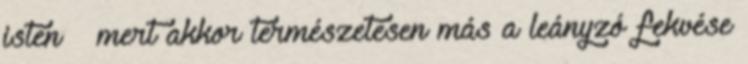
isten – mert akkor természetesen más a leányzó fekvése